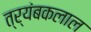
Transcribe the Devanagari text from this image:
त्र्यंबकलाल